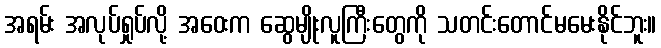
အရမ်း အလုပ်ရှုပ်လို့ အဝေးက ဆွေမျိုးလူကြီးတွေကို သတင်းတောင်မမေးနိုင်ဘူး။